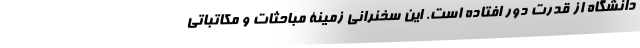
دانشگاه از قدرت دور افتاده است. این سخنرانی زمینۀ مباحثات و مکاتباتی